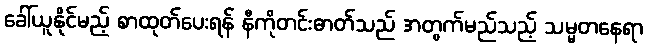
ခေါ်ယူနိုင်မည့် စာထုတ်ပေးရန် နီကိုတင်းဓာတ်သည် အတွက်မည်သည့် သမ္မတနေရာ